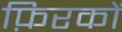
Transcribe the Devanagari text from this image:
फ़िरकों